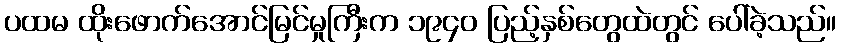
ပထမ ထိုးဖောက်အောင်မြင်မှုကြီးက ၁၉၄၀ ပြည့်နှစ်တွေထဲတွင် ပေါ်ခဲ့သည်။